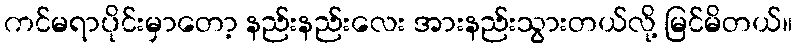
ကင်မရာပိုင်းမှာတော့ နည်းနည်းလေး အားနည်းသွားတယ်လို့ မြင်မိတယ်။